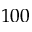
1 0 0